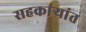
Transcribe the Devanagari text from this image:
सहकार्‍यांत